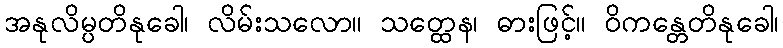
အနုလိမ္ပတိနုခေါ၊ လိမ်းသလော။ သတ္ထေန၊ ဓားဖြင့်။ ဝိကန္တေတိနုခေါ၊